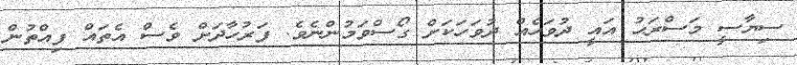
ސިޔާސީ މަސްރަޙު އައީ ދުވަހެއް ދުވަހަކަށް ގޯސްވަމުންނެވެ. ފަރުހާދަށް ވެސް އެތައް ފިއްތުން